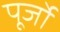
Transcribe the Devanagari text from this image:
पूर्जो